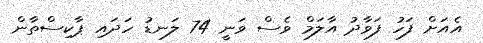
އެއަށް ފަހު ފަވާދު އާލަމް ވެސް ވަނީ 74 ލަނޑު ހަދައި ޕާކިސްތާން